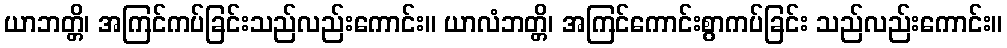
ယာဘတ္တိ၊ အကြင်ကပ်ခြင်းသည်လည်းကောင်း။ ယာလံဘတ္တိ၊ အကြင်ကောင်းစွာကပ်ခြင်း သည်လည်းကောင်း။